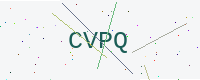
Text: CVPQ